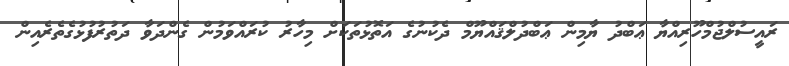
ރައީސުލްޖުމްހޫރިއްޔާ ޢަބްދު ޔާމިން ޢަބްދުލްޤައްްޔޫމް ދެކުނުގެ އަތޮޅުތަކަށް މިހާރު ކުރައްވަމުން ގެންދަވާ ދަތުރުފުޅުގެތެރެއިން